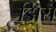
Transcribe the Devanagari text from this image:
झिरा